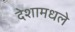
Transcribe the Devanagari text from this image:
देशामधले